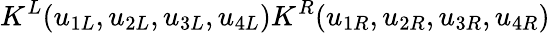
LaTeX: K^{L}(u_{1L},u_{2L},u_{3L},u_{4L})K^{R}(u_{1R},u_{2R},u_{3R},u_{4R})